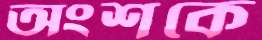
অংশকে